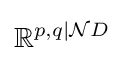
\mathbb {R} ^{p,q|{\mathcal {N}}D}